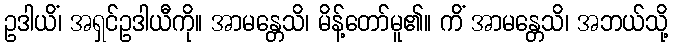
ဥဒါယိံ၊ အရှင်ဥဒါယီကို။ အာမန္တေသိ၊ မိန့်တော်မူ၏။ ကိံ အာမန္တေသိ၊ အဘယ်သို့